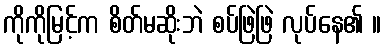
ကိုကိုမြင့်က စိတ်မဆိုးဘဲ စပ်ဖြဲဖြဲ လုပ်နေ၏ ။